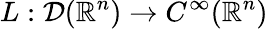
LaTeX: L:{\mathcal{D}}(\mathbb{R}^{n})\to C^{\infty}(\mathbb{R}^{n})